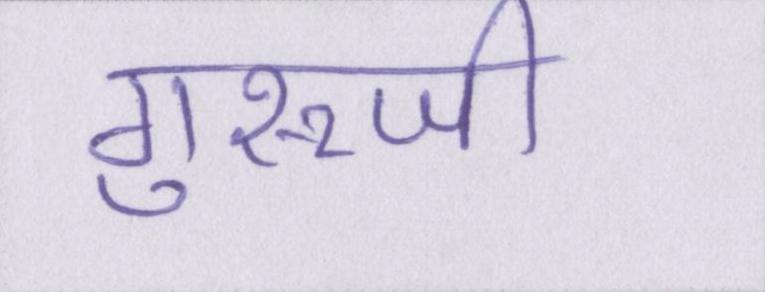
गुरूजी